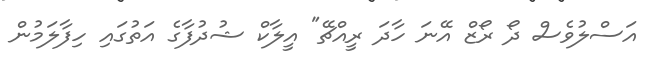
އަސްލުވެސް ދޯ ރޯޒް އޭނަ ހާދަ ރީއްޗޭ" އީލާކް ޝުދުފާގެ އަތުގައި ހިފާލަމުން